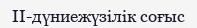
II-дүниежүзілік соғыс